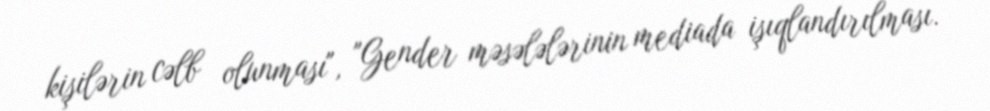
kişilərin cəlb olunması", "Gender məsələlərinin mediada işıqlandırılması.